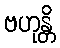
ဗဟုန္တိ